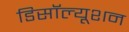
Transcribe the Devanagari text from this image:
डिसॉल्यूशन